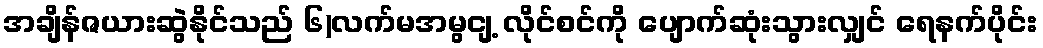
အချိန်ဇယားဆွဲနိုင်သည် ၆)လက်မအမွငျ့ လိုင်စင်ကို ပျောက်ဆုံးသွားလျှင် ရေနက်ပိုင်း